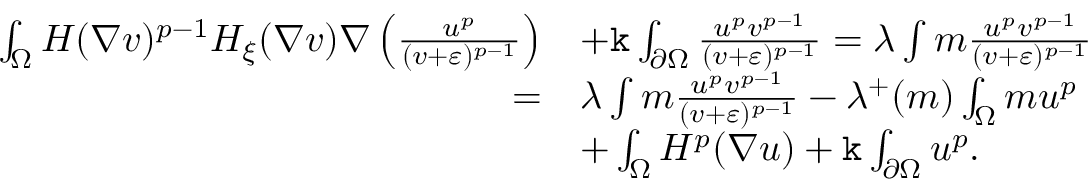
\begin{array} { r l } { \int _ { \Omega } H ( \nabla v ) ^ { p - 1 } H _ { \xi } ( \nabla v ) \nabla \left( \frac { u ^ { p } } { ( v + \varepsilon ) ^ { p - 1 } } \right) } & { + \mathtt k \int _ { \partial \Omega } \frac { u ^ { p } v ^ { p - 1 } } { ( v + \varepsilon ) ^ { p - 1 } } = \lambda \int m \frac { u ^ { p } v ^ { p - 1 } } { ( v + \varepsilon ) ^ { p - 1 } } } \\ { = } & { \lambda \int m \frac { u ^ { p } v ^ { p - 1 } } { ( v + \varepsilon ) ^ { p - 1 } } - \lambda ^ { + } ( m ) \int _ { \Omega } m u ^ { p } } \\ & { + \int _ { \Omega } H ^ { p } ( \nabla u ) + \mathtt k \int _ { \partial \Omega } u ^ { p } . } \end{array}